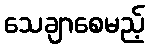
သေချာစေမည့်